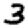
Digit: 3